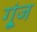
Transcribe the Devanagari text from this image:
गू्ंज